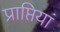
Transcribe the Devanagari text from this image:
प्राप्तियां